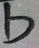
b